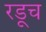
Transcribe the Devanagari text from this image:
रडूच